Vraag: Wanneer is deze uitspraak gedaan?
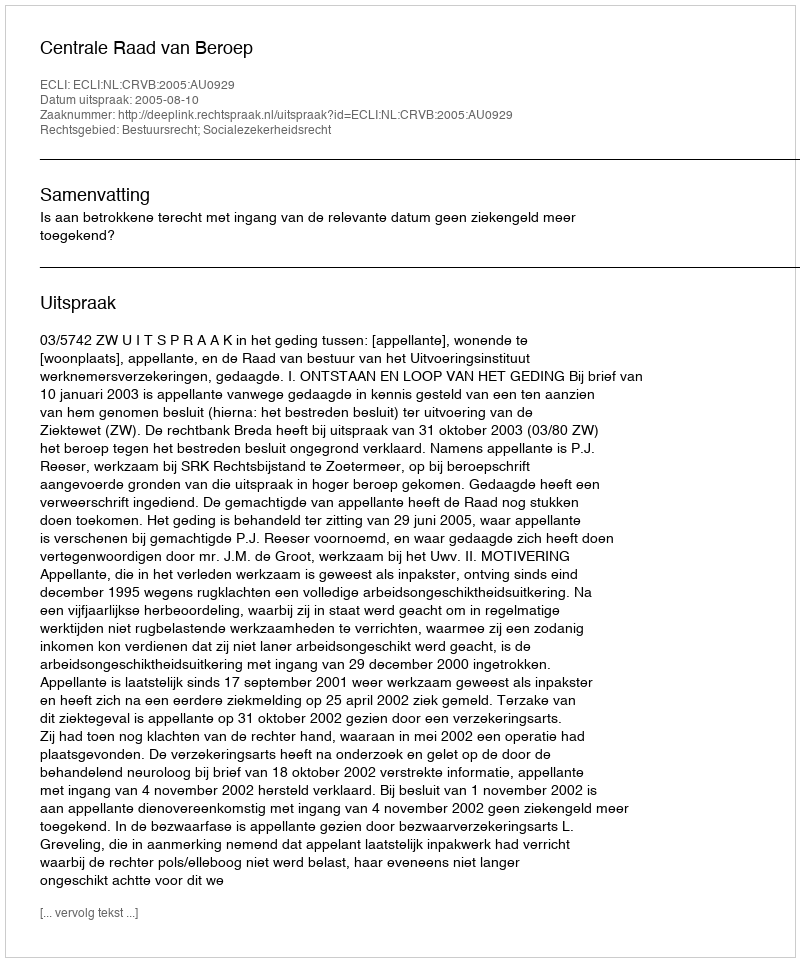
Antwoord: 2005-08-10